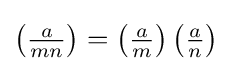
\left({\tfrac {a}{mn}}\right)=\left({\tfrac {a}{m}}\right)\left({\tfrac {a}{n}}\right)